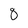
Character: 8